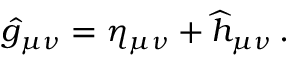
\widehat g _ { \mu \nu } = \eta _ { \mu \nu } + \widehat h _ { \mu \nu } \, .